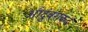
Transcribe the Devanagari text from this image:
औदुंबराकडे